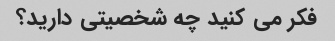
فکر می کنید چه شخصیتی دارید؟